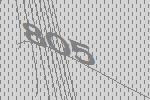
805